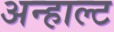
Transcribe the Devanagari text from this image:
अन्हाल्ट